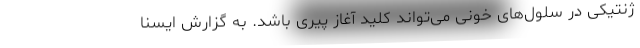
ژنتیکی در سلول‌های خونی می‌تواند کلید آغاز پیری باشد. به گزارش ایسنا